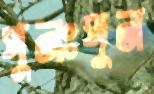
পুনঃপুন